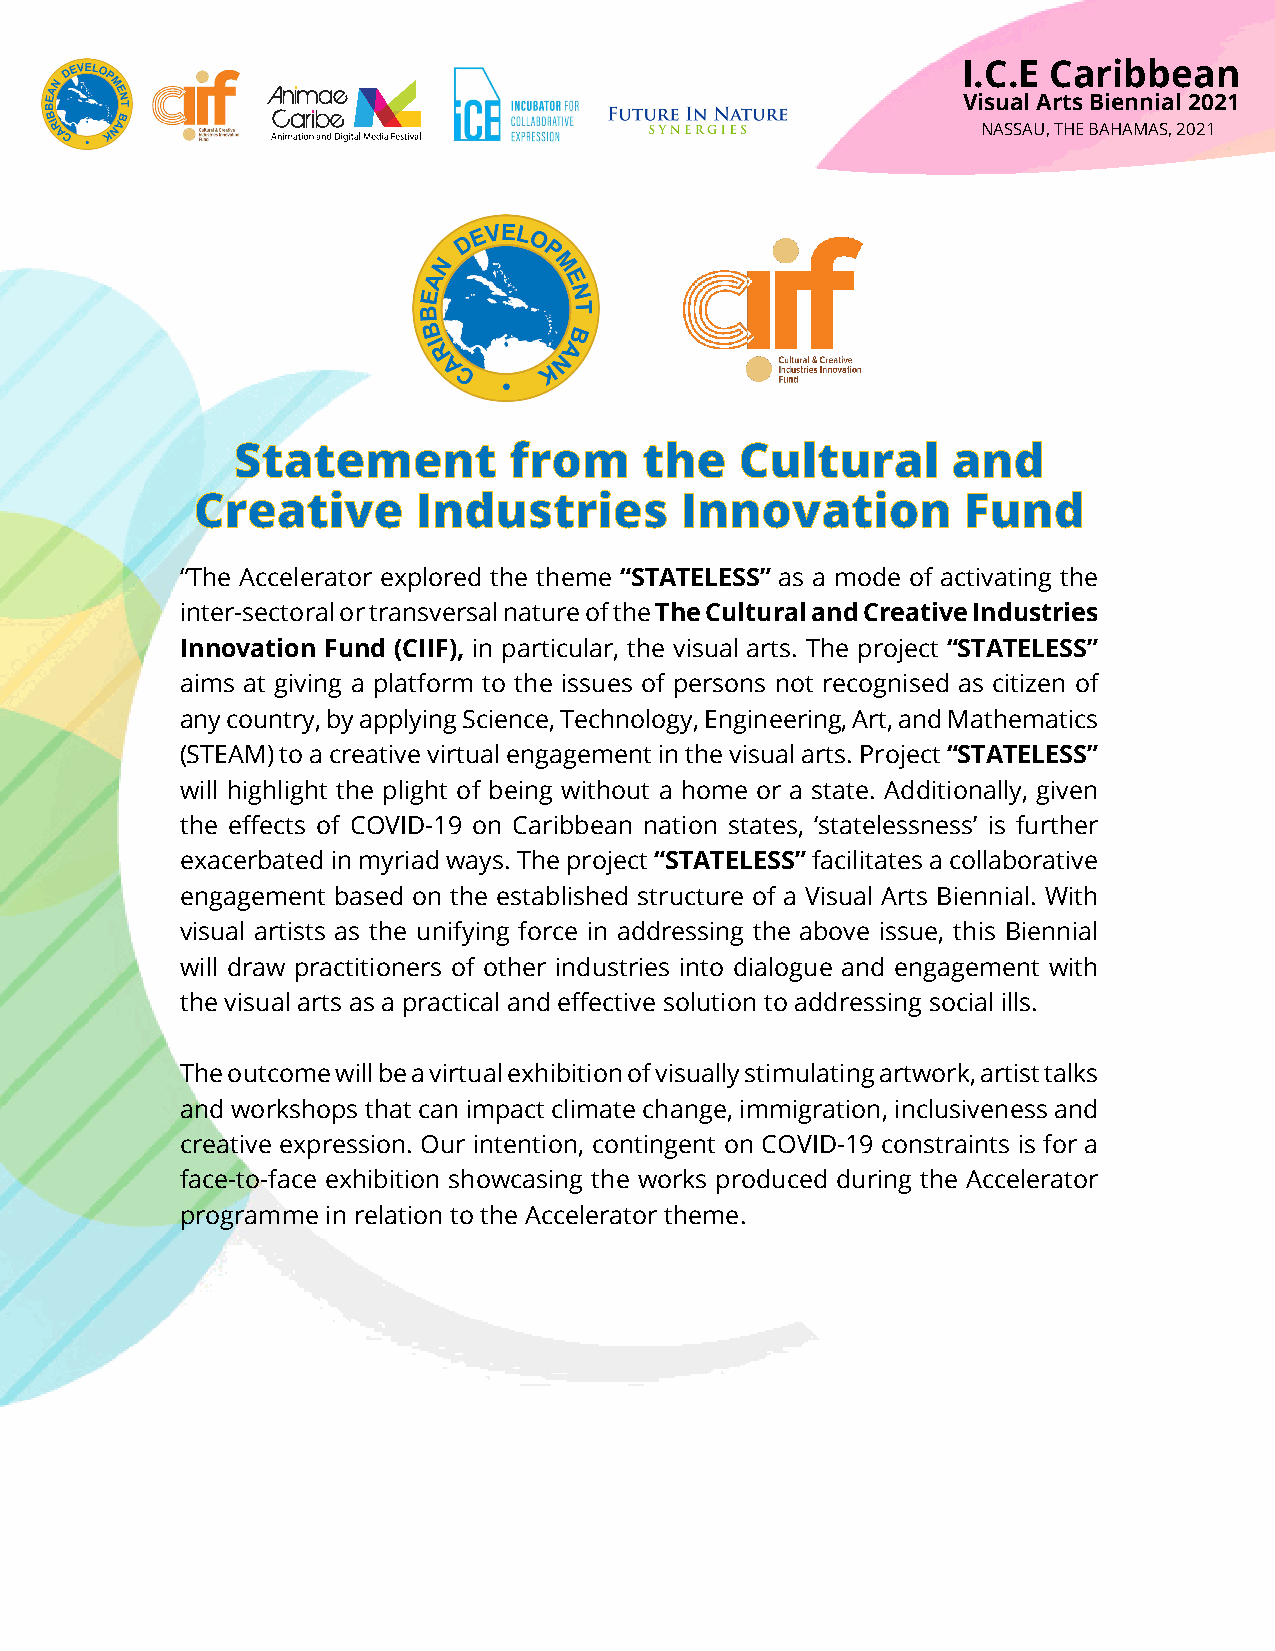
I.C.E Caribbean
 Visual Arts Biennial 2021
 NASSAU, THE BAHAMAS, 2021
 Statement          from     the   Cultural      and
 Creative       Industries       Innovation         Fund
 “The Accelerator explored the theme “STATELESS” as a mode of activating the
 inter-sectoral or transversal nature of the The Cultural and Creative Industries
 Innovation Fund (CIIF), in particular, the visual arts. The project “STATELESS”
 aims at giving a platform to the issues of persons not recognised as citizen of
 any country, by applying Science, Technology, Engineering, Art, and Mathematics
 (STEAM) to a creative virtual engagement in the visual arts. Project “STATELESS”
 will highlight the plight of being without a home or a state. Additionally, given
 the effects of COVID-19 on Caribbean nation states, ‘statelessness’ is further
 exacerbated in myriad ways. The project “STATELESS” facilitates a collaborative
 engagement based on the established structure of a Visual Arts Biennial. With
 visual artists as the unifying force in addressing the above issue, this Biennial
 will draw practitioners of other industries into dialogue and engagement with
 the visual arts as a practical and effective solution to addressing social ills.
 The outcome will be a virtual exhibition of visually stimulating artwork, artist talks
 and workshops that can impact climate change, immigration, inclusiveness and
 creative expression. Our intention, contingent on COVID-19 constraints is for a
 face-to-face exhibition showcasing the works produced during the Accelerator
 programme in relation to the Accelerator theme.